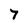
Character: 7